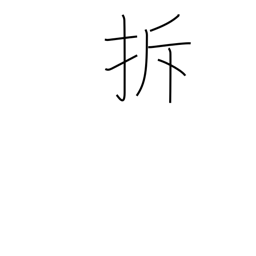
Meaning: to break up